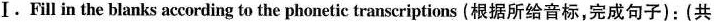
Ⅰ.Fill in the blanks according to the phonetic transcriptions (根据所给音标,完成句子):(共